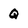
Character: Q